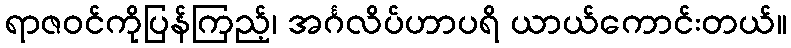
ရာဇဝင်ကိုပြန်ကြည့်၊ အင်္ဂလိပ်ဟာပရိ ယာယ်ကောင်းတယ်။